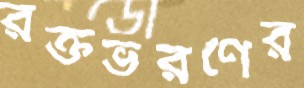
রক্তভরণের